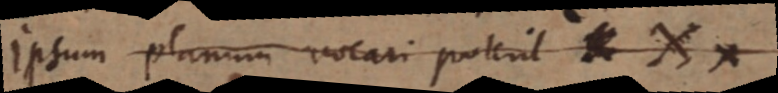
ipsum planum vocari poterit _ X x